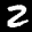
Label: 2